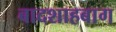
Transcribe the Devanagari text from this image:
बादशाहबाग